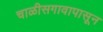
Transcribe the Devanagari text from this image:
चाळीसगावापासून